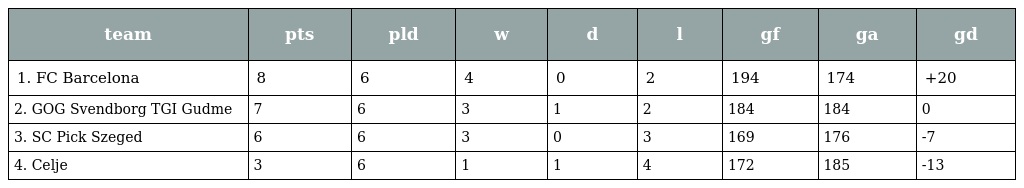
| team | pts | pld | w | d | l | gf | ga | gd |
 | --- | --- | --- | --- | --- | --- | --- | --- | --- |
 | 1. FC Barcelona | 8 | 6 | 4 | 0 | 2 | 194 | 174 | +20 |
 | 2. GOG Svendborg TGI Gudme | 7 | 6 | 3 | 1 | 2 | 184 | 184 | 0 |
 | 3. SC Pick Szeged | 6 | 6 | 3 | 0 | 3 | 169 | 176 | -7 |
 | 4. Celje | 3 | 6 | 1 | 1 | 4 | 172 | 185 | -13 |